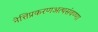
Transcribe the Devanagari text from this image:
नेत्तिप्रकरणअत्थसंवण्णा